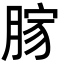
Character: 𦜸